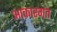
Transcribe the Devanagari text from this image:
आकारगत